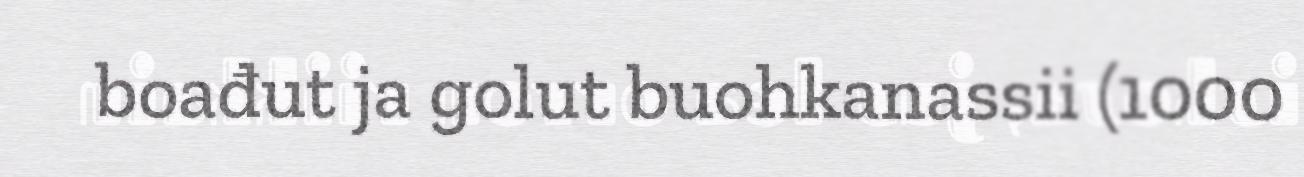
boađut ja golut buohkanassii (1000